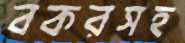
বকরসহ